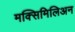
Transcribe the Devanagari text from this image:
मक्सिमिलिअन